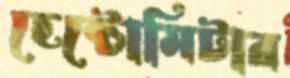
হেক্টোমিটার